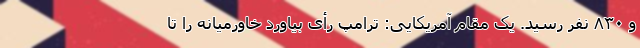
و ۸۳۰ نفر رسید. یک مقام آمریکایی: ترامپ رأی بیاورد خاورمیانه را تا